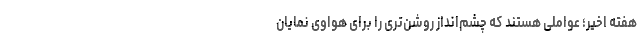
هفته اخیر؛ عواملی هستند که چشم‌انداز روشن‌تری را برای هواوی نمایان